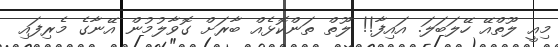
މިއީ ލޫތްއޭ ހޭލަބަލަ. އައިފާ!! ލޫތް ތަންކޮޅެއް ބާރަށް ގޮވާލުމުން އޭނާގެ މެރިފައި